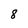
Character: 8